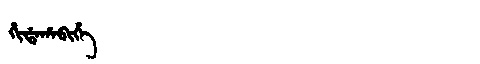
Manchu: ᡥᡳᡩᠠᡥᠠᠪᡳᡥᡝ
Romanization: HIDAHABIHE